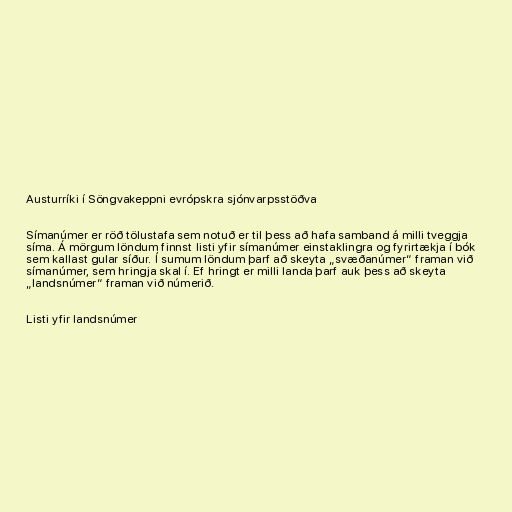
Austurríki í Söngvakeppni evrópskra sjónvarpsstöðva

Símanúmer er röð tölustafa sem notuð er til þess að hafa samband á milli tveggja
síma. Á mörgum löndum finnst listi yfir símanúmer einstaklingra og fyrirtækja í bók
sem kallast gular síður. Í sumum löndum þarf að skeyta „svæðanúmer“ framan við
símanúmer, sem hringja skal í. Ef hringt er milli landa þarf auk þess að skeyta
„landsnúmer“ framan við númerið.

Listi yfir landsnúmer